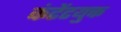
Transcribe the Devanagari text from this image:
कंटेंटयुक्त